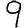
Digit: 9